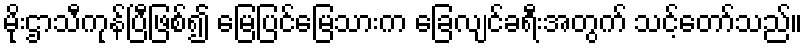
မိုးဌာသီကုန်ပြီဖြစ်၍ မြေပြင်မြေသားက ခြေလျင်ခရီးအတွက် သင့်တော်သည်။